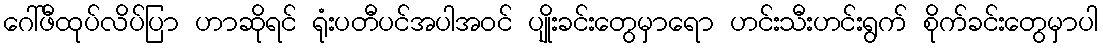
ဂေါ်ဖီထုပ်လိပ်ပြာ ဟာဆိုရင် ရုံးပတီပင်အပါအဝင် ပျိုးခင်းတွေမှာရော ဟင်းသီးဟင်းရွက် စိုက်ခင်းတွေမှာပါ